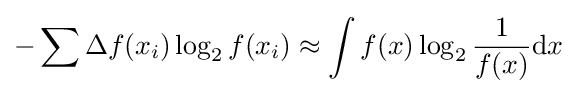
-\sum \Delta f(x_{i})\log _{2}f(x_{i})\approx \int f(x)\log _{2}{\frac {1}{f(x)}}\mathrm {d} x